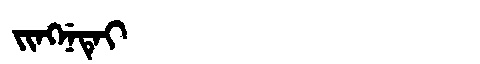
Manchu: ᠵᡳᠩᠨᡝᡨᡝᡳ
Romanization: JINGNETEI